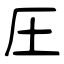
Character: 圧